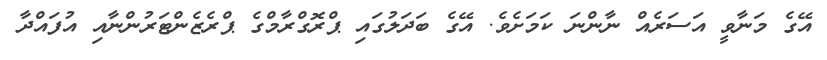
އޭގެ މަނާވީ އަސަރެއް ނާންނަ ކަމަށެވެ. އޭގެ ބަދަލުގައި ޕްރޮގްރާމްގެ ޕްރެޒެންޓަރުންނާއި އުފައްދާ